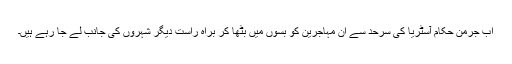
اب جرمن حکام آسٹریا کی سرحد سے ان مہاجرین کو بسوں میں بٹھا کر براہ راست دیگر شہروں کی جانب لے جا رہے ہیں۔